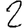
Digit: 2